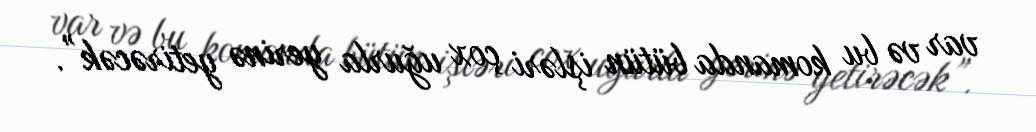
var və bu komanda bütün işləri çox uğurla yerinə yetirəcək”.